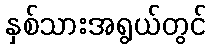
နှစ်သားအရွယ်တွင်